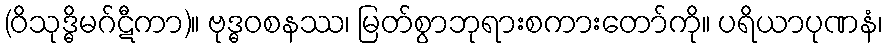
(ဝိသုဒ္ဓိမဂ်ဋီကာ)။ ဗုဒ္ဓဝစနဿ၊ မြတ်စွာဘုရားစကားတော်ကို။ ပရိယာပုဏနံ၊